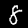
Digit: 8